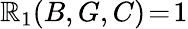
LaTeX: \mathbb{R}_{1}(B,G,C)\! =\! 1